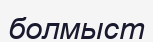
болмыст